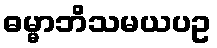
ဓမ္မာဘိသမယပဥ